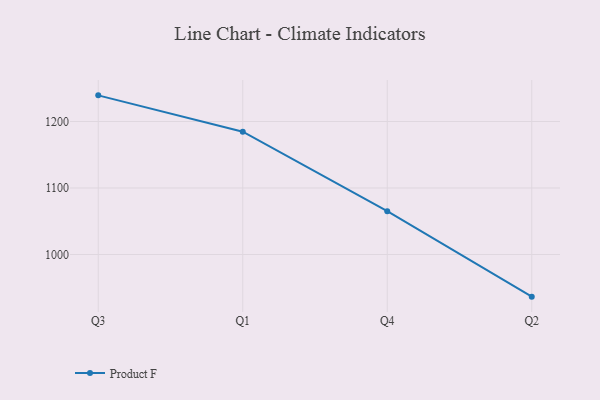
{"axis": {"x": "Quarter", "y": "Churn Rate (%)"}, "legend": ["Product F"], "data": [{"x": "Q3", "y": 1239.3, "type": "Product F"}, {"x": "Q1", "y": 1184.7, "type": "Product F"}, {"x": "Q4", "y": 1065.2, "type": "Product F"}, {"x": "Q2", "y": 936.6, "type": "Product F"}]}